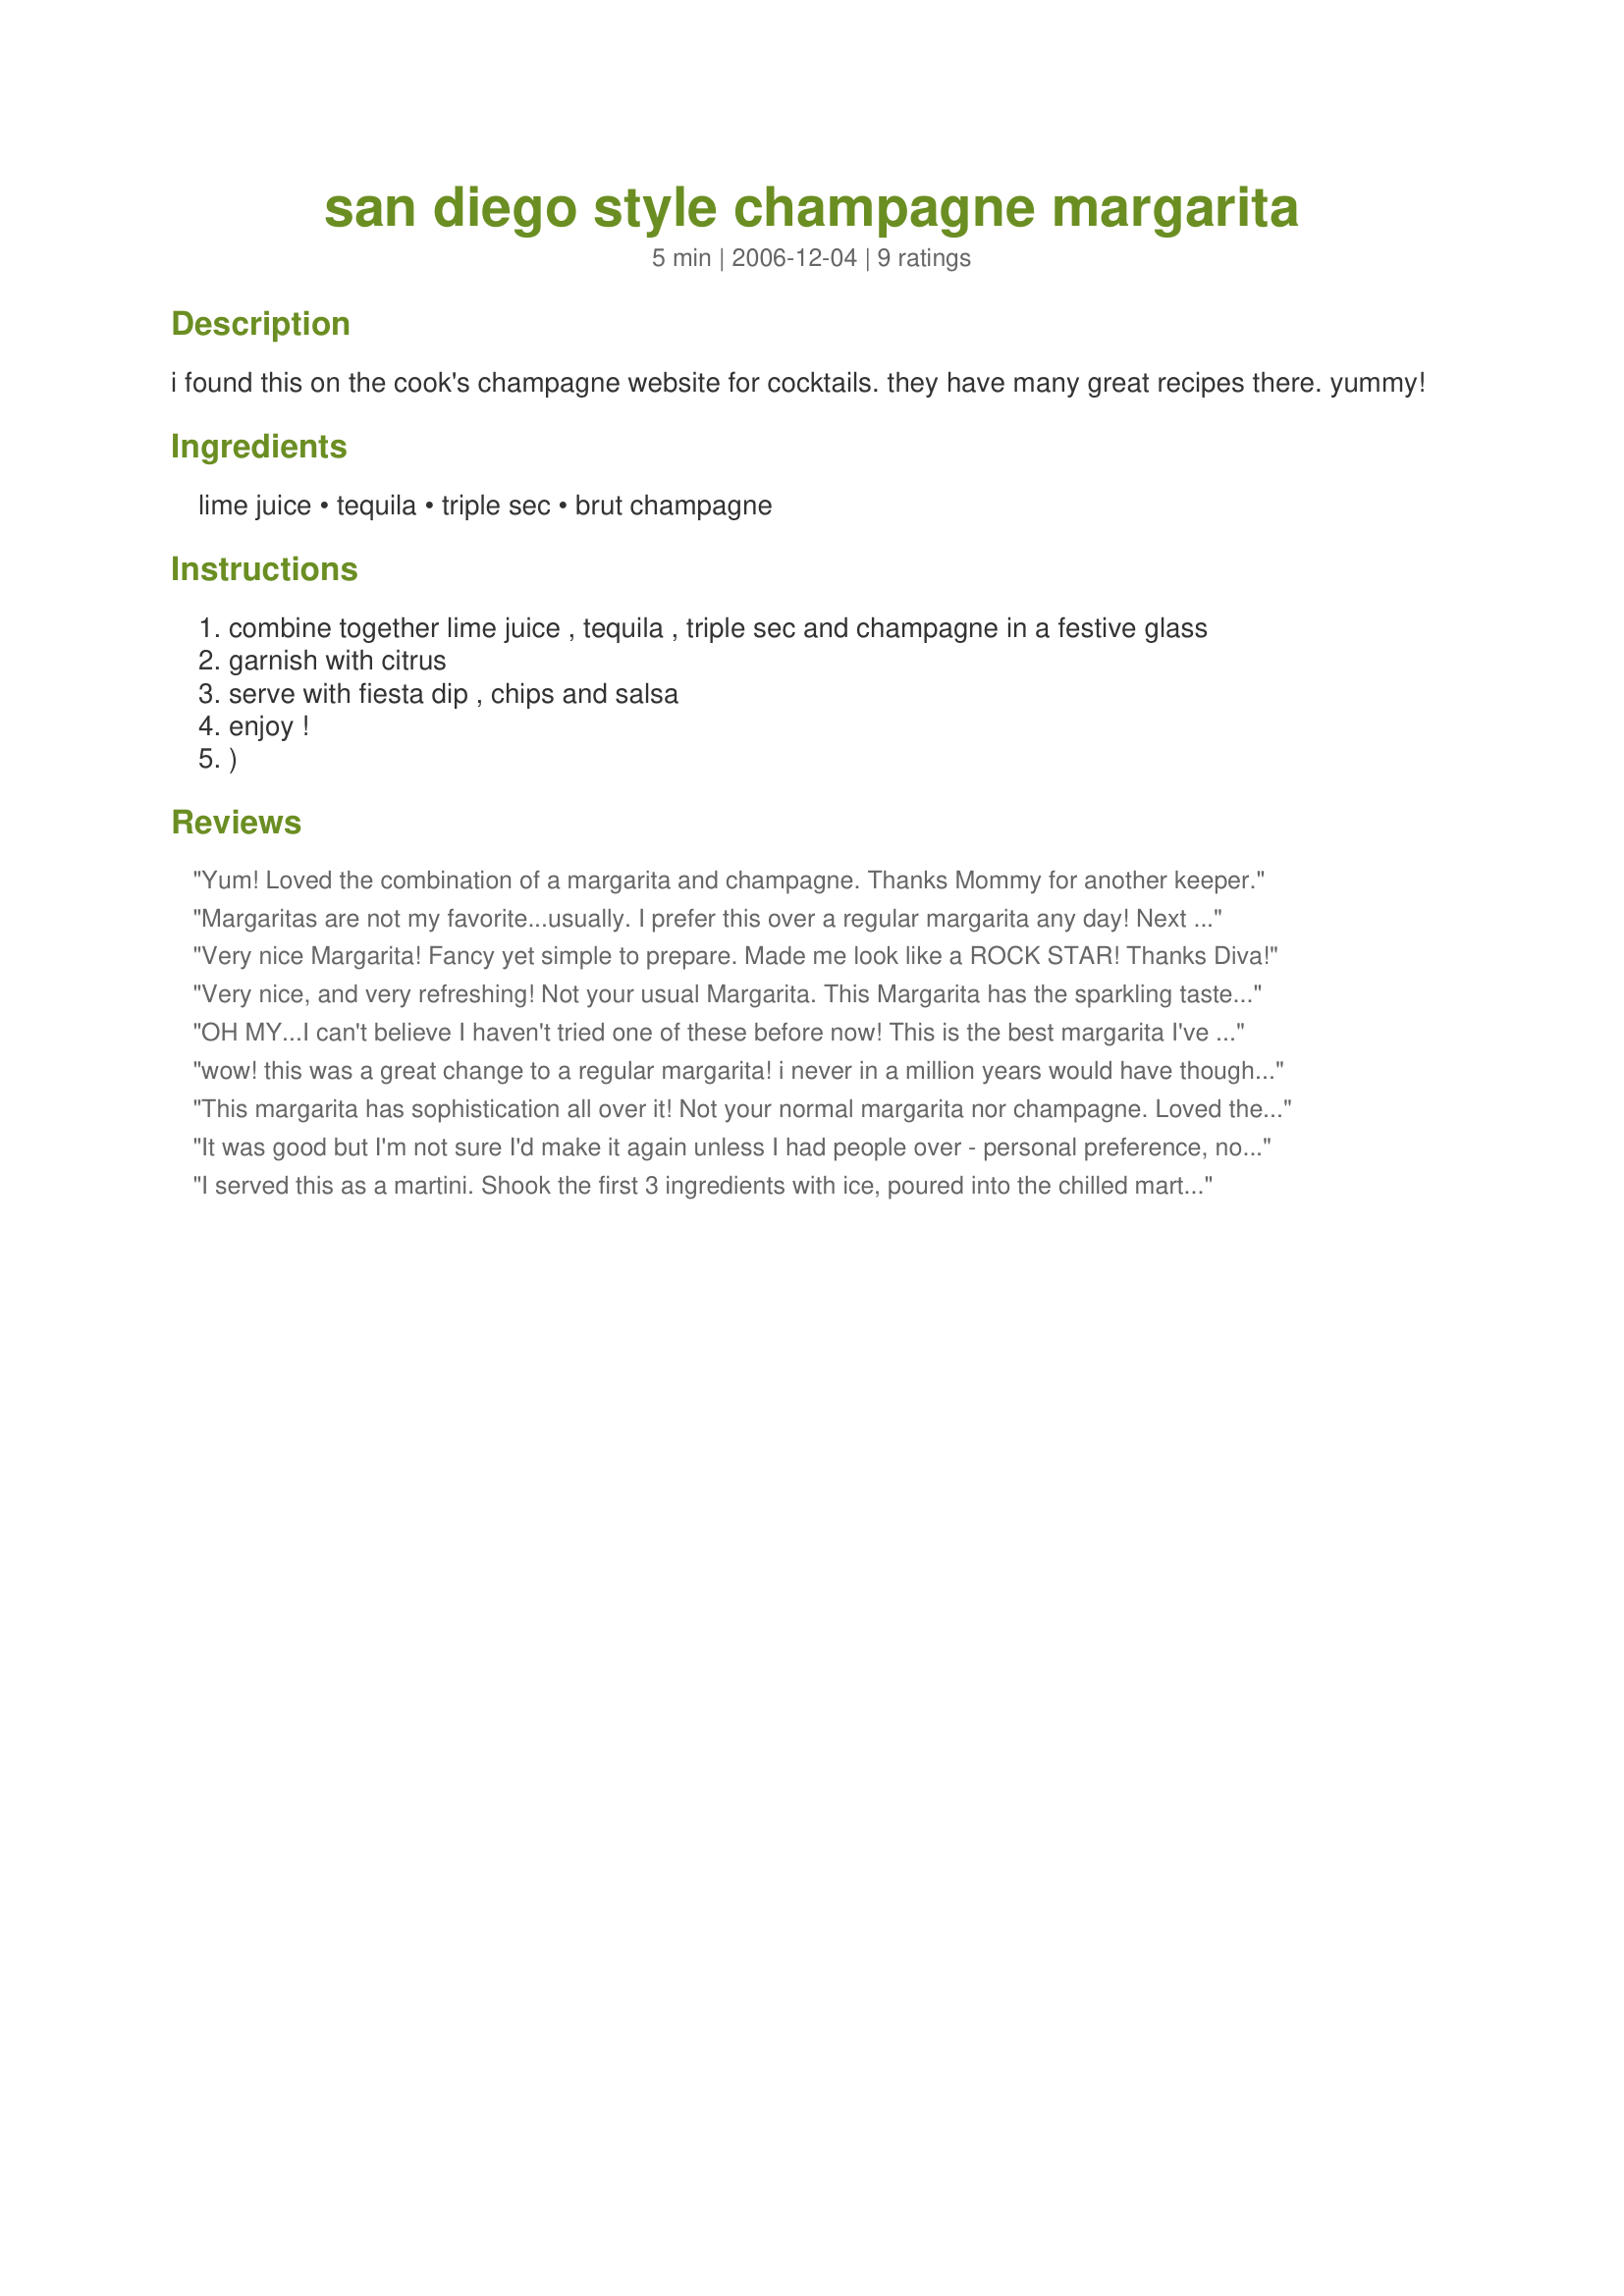
san diego style champagne margarita
Preparation time: 5 minutes

i found this on the cook's champagne website for cocktails. they have many great recipes there. yummy!

Ingredients:
lime juice, tequila, triple sec, brut champagne

Steps:
combine together lime juice , tequila , triple sec and champagne in a festive glass
garnish with citrus
serve with fiesta dip , chips and salsa
enjoy !
)

Reviews:
Yum! Loved the combination of a margarita and champagne. Thanks Mommy for another keeper.
Margaritas are not my favorite...usually. I prefer this over a regular margarita any day! Next time I might reduce the champagne to 2 ounces and go up from there. The margarita flavor was pretty subtle! Thanks for posting -- definite keeper!
Very nice Margarita! Fancy yet simple to prepare. Made me look like a ROCK STAR! Thanks Diva!
Very nice, and very refreshing! Not your usual Margarita. This Margarita has the sparkling taste and personality of the Champagne! Very upscale ; ) I love Champagne and I love Margaritas ~ isn't it time the two met? I made this with Cointreau and Patron Tequila for a wonderful taste combination! Thank you so much, Mommy Diva!
OH MY...I can't believe I haven't tried one of these before now! This is the best margarita I've made...the champagne flavor is subtle and the extra bubbles make this lighter and classier than your plain old margarita! So much more La Jolla than San Diego! Made for the Beverage Tag game.
wow! this was a great change to a regular margarita! i never in a million years would have thought that champagne and tequilla go well together but this recipe proved me wrong!!!! i LOVE san diego style champagne margaritas! i am definately going to make these for my gfs the next time they come over! :D thanks mommy diva for a great party recipe!
This margarita has sophistication all over it! Not your normal margarita nor champagne. Loved the combination with the tequila. Delish, Thanks for sharing! Cheers ~V
It was good but I'm not sure I'd make it again unless I had people over - personal preference, no fault to the recipe. I used Hornitos tequila, Bols triple sec, fresh lime and Ballatore champagne. Great idea though!!!
I served this as a martini. Shook the first 3 ingredients with ice, poured into the chilled martini glass, then topped with the chilled champagne. Very light and refreshing; the champagne adds a nice touch. I used Recipe #230337 as the tequila, which added a fruity flavor.
